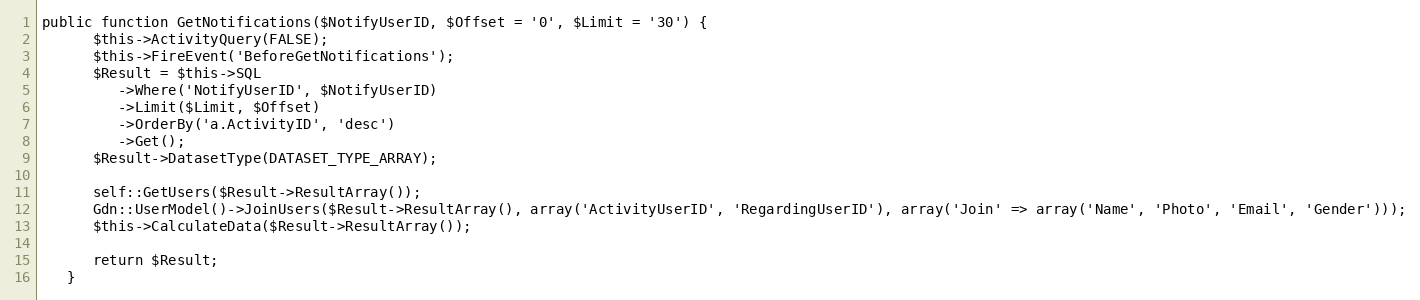
Language: PHP
public function GetNotifications($NotifyUserID, $Offset = '0', $Limit = '30') {
      $this->ActivityQuery(FALSE);
      $this->FireEvent('BeforeGetNotifications');
      $Result = $this->SQL
         ->Where('NotifyUserID', $NotifyUserID)
         ->Limit($Limit, $Offset)
         ->OrderBy('a.ActivityID', 'desc')
         ->Get();
      $Result->DatasetType(DATASET_TYPE_ARRAY);

      self::GetUsers($Result->ResultArray());
      Gdn::UserModel()->JoinUsers($Result->ResultArray(), array('ActivityUserID', 'RegardingUserID'), array('Join' => array('Name', 'Photo', 'Email', 'Gender')));
      $this->CalculateData($Result->ResultArray());

      return $Result;
   }